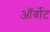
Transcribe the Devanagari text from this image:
ऑर्बोट